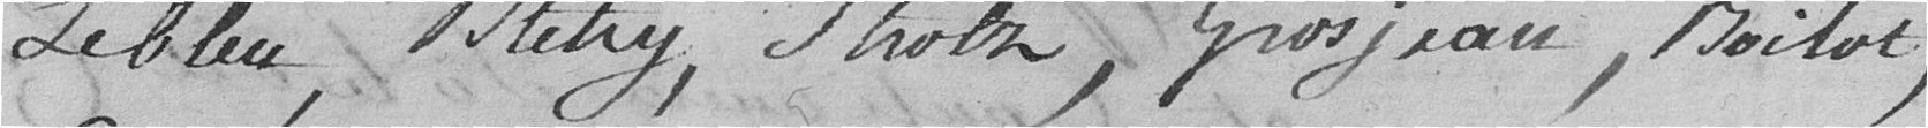
Lebleu, Bletry, Strolz, Grosjean, Boilot,